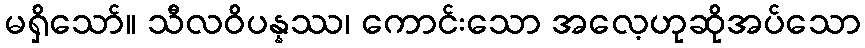
မရှိသော်။ သီလဝိပန္နဿ၊ ကောင်းသော အလေ့ဟုဆိုအပ်သော